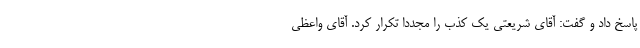
پاسخ داد و گفت: آقای شریعتی یک کذب را مجددا تکرار کرد. آقای واعظی